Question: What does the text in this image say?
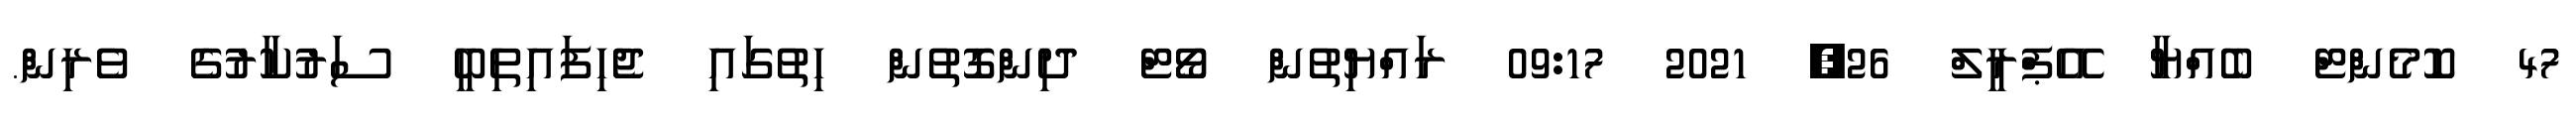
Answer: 47 ކޮމެންޓް ބެއްޔާ އޭޕްރީލް 26, 2021 09:17 ރައްޔިތުން ވޯޓް ދިންގޮތުން ހިތުގައި ޖެހިފައިތިބީ ސަރުކާރުގެ ވެރިން.